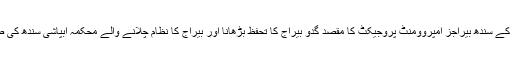
اس کے علاوہ 14 کروڑ ڈالر کے سندھ بیراجز امپروومنٹ پروجیکٹ کا مقصد گدو بیراج کا تحفظ بڑھانا اور بیراج کا نظام چلانے والے محکمہ آبپاشی سندھ کی صلاحیت کو مضبوط کرنا ہے۔